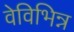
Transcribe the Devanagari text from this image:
वेविभिन्न